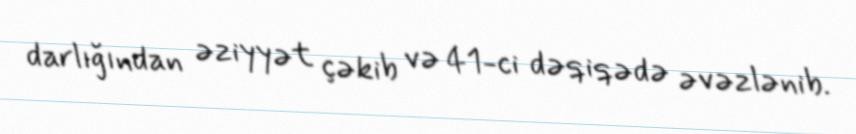
darlığından əziyyət çəkib və 41-ci dəqiqədə əvəzlənib.